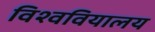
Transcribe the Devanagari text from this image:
विश्ववियालय